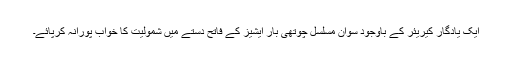
ایک یادگار کیریئر کے باوجود سوان مسلسل چوتھی بار ایشیز کے فاتح دستے میں شمولیت کا خواب پورانہ کرپائے۔